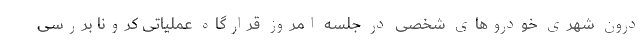
درون شهری خودرو‌های شخصی در جلسه امروز قرارگاه عملیاتی کرونا بررسی